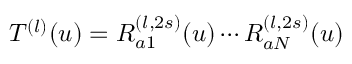
T ^ { ( l ) } ( u ) = R _ { a 1 } ^ { ( l , 2 s ) } ( u ) \cdots R _ { a N } ^ { ( l , 2 s ) } ( u )